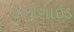
ઇઝીગાઇડ